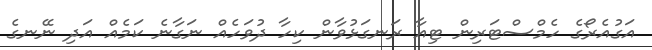
އަގުއެރޯގެ ހެމްސްޓަރިން ޓިއާ ރަނގަޅުވާން ކިހާ ދުވަހެއް ނަގާނެ ކަމެއް އަދި ނޭނގެ